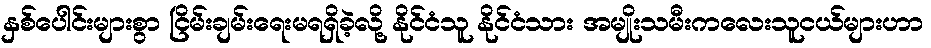
နှစ်ပေါင်းများစွာ ငြိမ်းချမ်းရေးမရရှိခဲ့လို့ နိုင်ငံသူ နိုင်ငံသား အမျိုးသမီးကလေးသူငယ်များဟာ